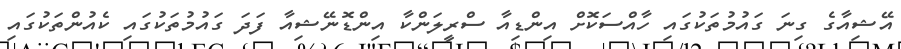
އޭޝިއާގެ ގިނަ ގައުމުތަކުގައި ހާއްސަކޮށް އިންޑިއާ ސްރީލަންކާ އިންޑޮނޭޝިއާ ފަދަ ގައުމުތަކުގައި ކެއުންތަކުގައި